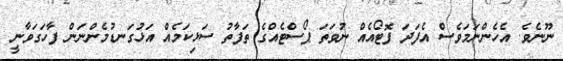
ނޫނެވެ. އެހެންނަމަވެސް އެފަދަ ފޮޓޯއެއް ނުވަތަ ޕޯސްޓެއްގެ ތަފާތު ސަޅިކަމެއް އަޅުގަނޑުމެންނަން ފާހަގަވާނީ